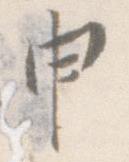
申